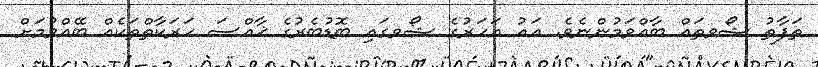
ތަފާތު ޝޯވތައް ބާއްވަމުންނެވެ. އައު އަހަރުގެ ޝޯވގައި ބޮޑުބެރުގެ ޚާއްސަ ހަރަކާތްތަކެއް ބޭއްވުމަށް